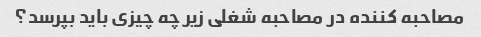
مصاحبه کننده در مصاحبه شغلی زیر چه چیزی باید بپرسد؟